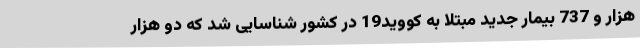
هزار و 737 بیمار جدید مبتلا به کووید19 در کشور شناسایی شد که دو هزار